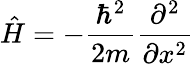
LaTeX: {\hat{H}}=-{\frac{\hbar^{2}}{2m}}{\frac{\partial^{2}}{\partial x^{2}}}